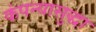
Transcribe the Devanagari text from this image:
कंपन्यासुद्धा